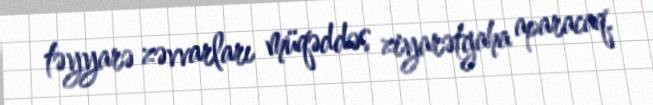
təyyarə zəvvarları müqəddəs ziyarətgaha aparacaq.